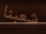
شعبنا